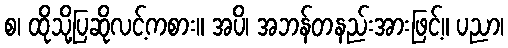
စ၊ ထိုသို့ပြဆိုလင့်ကစား။ အပိ၊ အဘန်တနည်းအားဖြင့်။ ပညာ၊